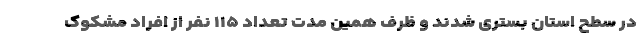
در سطح استان بستری شدند و ظرف همین مدت تعداد ۱۱۵ نفر از افراد مشکوک